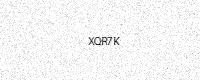
Text: XQR7K